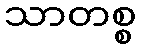
သာတစ္စ